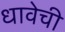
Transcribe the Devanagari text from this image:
धावेची